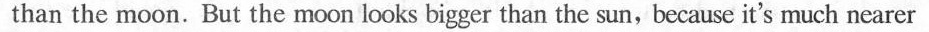
than the moon. But the moon looks bigger than the sun,because it's much nearer